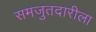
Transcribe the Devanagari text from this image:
समजुतदारीला